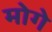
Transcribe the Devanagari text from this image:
मोगे